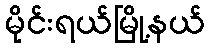
မိုင်းရယ်မြို့နယ်